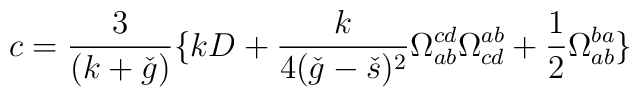
c = \frac{3}{(k+\check{g})} \{ kD + \frac{k}{4(\check{g}-\check{s})^2} \Omega^{cd}_{ab} \Omega^{ab}_{cd} + \frac{1}{2} \Omega^{ba}_{ab}\}